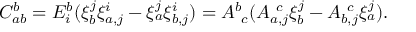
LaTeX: C _ { a b } ^ { b } = E _ { i } ^ { b } ( \xi _ { b } ^ { j } \xi _ { a , j } ^ { i } - \xi _ { a } ^ { j } \xi _ { b , j } ^ { i } ) = A _ { ~ c } ^ { b } ( A _ { a , j } ^ { ~ c } \xi _ { b } ^ { j } - A _ { b , j } ^ { ~ c } \xi _ { a } ^ { j } ) .